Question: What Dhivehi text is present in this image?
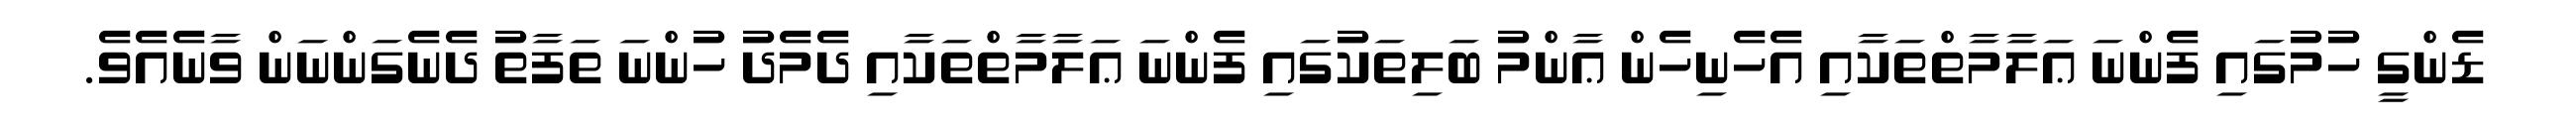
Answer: ޑެންގީ ހުމުގައި ފެންނަ ޢަލާމާތްތަކާއި އެހެނިހެން ޢާންމު ބަލިތަކުގައި ފެންނަ ޢަލާމާތްތަކާއި ދެމެދު ހުންނަ ތަފާތު ދެނެގަންނަން ވާނެއެވެ.